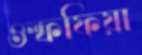
ওল্ফফিয়া